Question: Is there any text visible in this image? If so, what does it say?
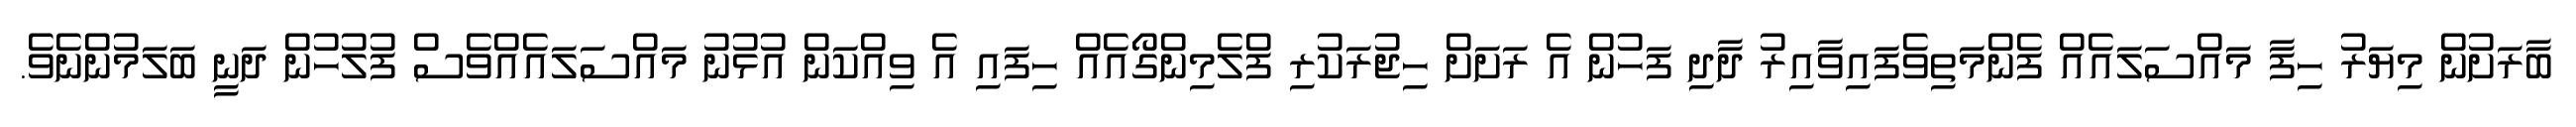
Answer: ބާރަށުން މިޔަރު ހިފާ މައްސަލައެއް ފެންމަތިވެފައިވާއިރު ދާދި ފަހުން އެ ރަށަށް ހިޖުރަކުރި ފްލެމިންގޯއެއް ހިފައި އެ ވިއްކަން އުޅުނު މައްސަލައެއްވެސް ފުލުހުން ދަނީ ބަލަމުންނެވެ.